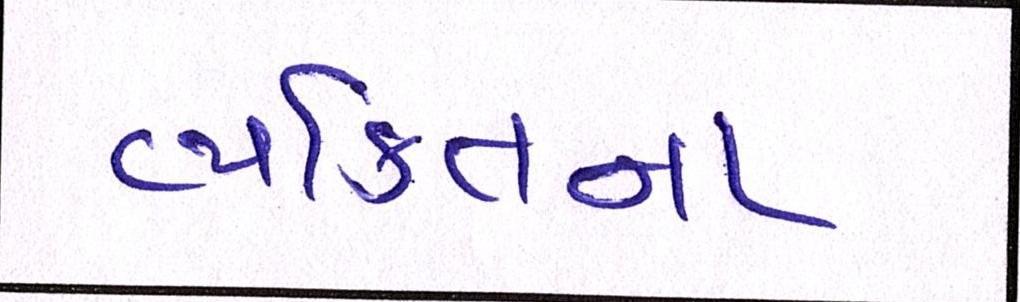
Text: વ્યક્તિના